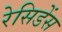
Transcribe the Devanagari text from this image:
रेसिडेंस